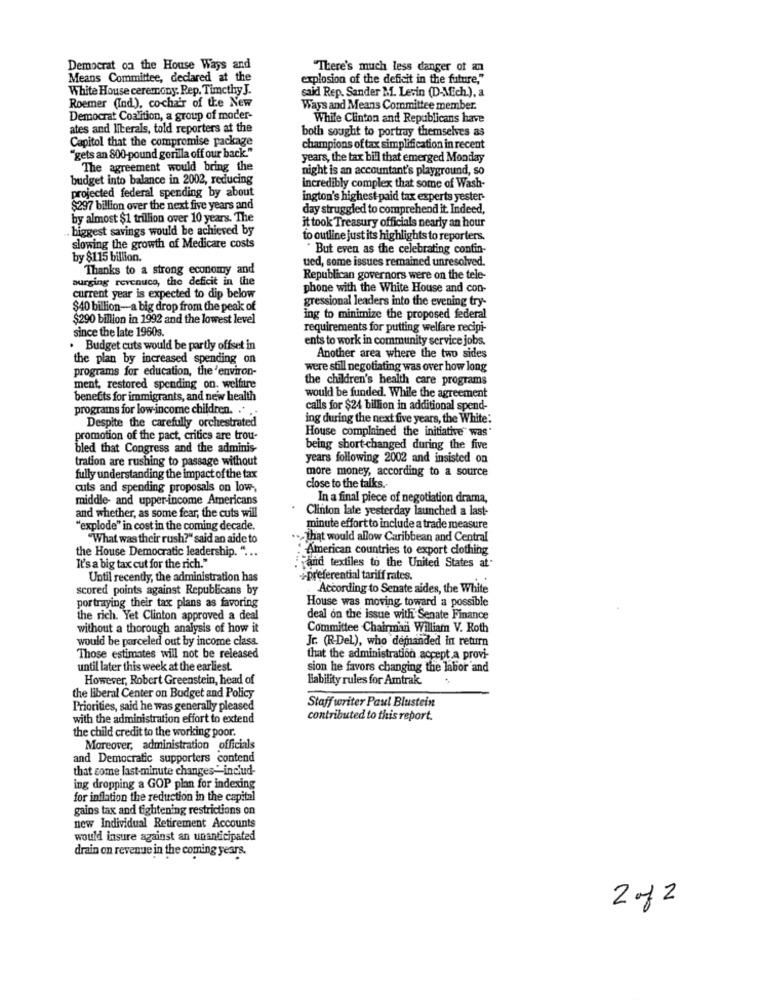
Democrat on the House Ways and
"There's much less danger of an
Means Committee, declared at the
explosion of the deficit in the future,"
White House ceremony. Rep. Timcthy J.
said Rep. Sander M. Levin (D-Mich.), a
Roemer (Ind.), co-chair of the New
Wars and Means Committee member.
Democrat Coalition, a group of moder-
While Clinton and Republicans have
ates and liberals, told reporters at the
both sought to portray themselves as
Capitol that the compromise package
champions of tax simplification in recent
"gets an 800-pound gorilla off our back."
years, the tax bill that emerged Monday
The agreement would bring the
night is an accountant's playground, so
budget into balance in 2002, reducing
incredibly complex that some of Wash-
projected federal spending by about
ington's highest paid tax experts yester-
$297 billion over the next five years and
day struggled to comprehend it. Indeed,
by almost $1 trillion over 10 years. The
it took Treasury officials nearly an hour
biggest savings would be achieved by
to outline just its highlights to reporters.
slowing the growth of Medicare costs
. But even as the celebrating contin-
by $115 billion.
ued, some issues remained unresolved.
Thanks to a strong economy and
surging revenuco, the deficit in the
Republican governors were on the tele-
phone with the White House and con-
current year is expected to dip below
gressional leaders into the evening try-
$40 billion-a big drop from the peak of
$290 billion in 1992 and the lowest level
ing to minimize the proposed federal
since the late 1960s.
requirements for putting welfare recipi-
ents to work in community service jobs.
· Budget cuts would be partly offset in
the plan by increased spending on
Another area where the two sides
programs for education, the 'environ-
were still negotiating was over how long
the children's health care programs
ment, restored spending on. welfare
benefits for immigrants, and new health
would be funded. While the agreement
programs for low-income children. . ..
calls for $24 billion in additional spend-
Despite the carefully orchestrated
ing during the next five years, the White:
House complained the initiative" was
promotion of the pact, critics are trou-
bled that Congress and the adminis-
being short-changed during the five
tration are rushing to passage without
years following 2002 and insisted on
more money, according to a source
fully understanding the impact of the tax
cuts and spending proposals on low,
close to the talks ..
middle- and upper-income Americans
In a final piece of negotiation drama,
and whether, as some fear, the cuts will
Clinton late yesterday launched a last-
"explode" in cost in the coming decade.
minute effort to include a trade measure
"What was their rush?" said an aide to
... that would allow Caribbean and Central
"American countries to export clothing
the House Democratic leadership. " ...
It's a big tax cut for the rich."
: vand textiles to the United States at.
Until recently, the administration has
preferential tariff rates.
scored points against Republicans by
According to Senate aides, the White
House was moving toward a possible
portraying their tax plans as favoring
the rich. Yet Clinton approved a deal
deal on the issue with Senate Finance
without a thorough analysis of how it
Committee Chairman William V. Roth
would be parceled out by income class.
Jr. (R-Del.), who demanded in return
Those estimates will not be released
that the administration accept a provi-
until later this week at the earliest.
sion he favors changing the labor and
However, Robert Greenstein, head of
liability rules for Amtrak.
the liberal Center on Budget and Policy
Priorities, said he was generally pleased
Staff writer Paul Blustein
with the administration effort to extend
contributed to this report.
the child credit to the working poor
Moreover, administration officials
and Democratic supporters contend
that come last-minute changes- includ-
ing dropping a GOP plan for indexing
for inflation the reduction in the capital
gains tax and tightening restrictions on
new Individual Retirement Accounts
would insure against an unanticipated
drain on revenue in the coming years.
2 of 2